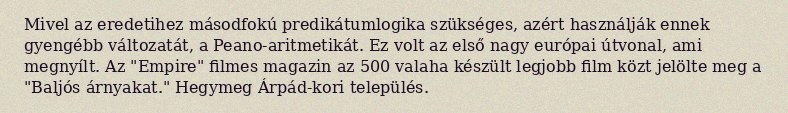
Mivel az eredetihez másodfokú predikátumlogika szükséges, azért használják ennek gyengébb változatát, a Peano-aritmetikát. Ez volt az első nagy európai útvonal, ami megnyílt. Az "Empire" filmes magazin az 500 valaha készült legjobb film közt jelölte meg a "Baljós árnyakat." Hegymeg Árpád-kori település.